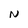
Character: N